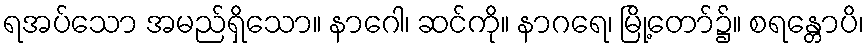
ရအပ်သော အမည်ရှိသော။ နာဂေါ၊ ဆင်ကို။ နာဂရေ၊ မြို့တော်၌။ စရန္တောပိ၊